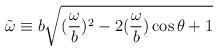
LaTeX: \begin{align*}\tilde{\omega} \equiv b\sqrt{(\frac{\omega}{b})^{2}-2(\frac{\omega}{b})\cos \theta +1}\end{align*}